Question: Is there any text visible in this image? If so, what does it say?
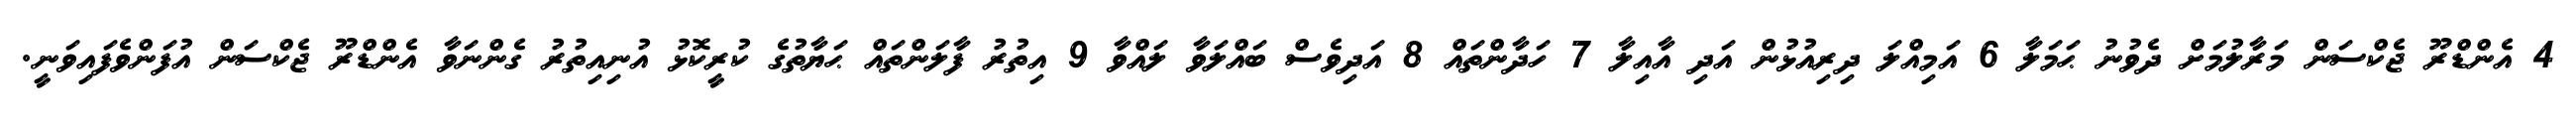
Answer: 4 އެންޑްރޫ ޖެކްސަން މަރާލުމަށް ދެވުނު ޙަމަލާ 6 އަމިއްލަ ދިރިއުޅުން އަދި އާއިލާ 7 ހަދާންތައް 8 އަދިވެސް ބައްލަވާ ލައްވާ 9 އިތުރު ފާލަންތައް ޙަޔާތުގެ ކުރީކޮޅު އުނިއިތުރު ގެންނަވާ އެންޑްރޫ ޖެކްސަން އުފަންވެފައިވަނީ.